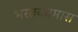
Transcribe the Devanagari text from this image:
भरतकामास